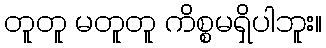
တူတူ မတူတူ ကိစ္စမရှိပါဘူး။